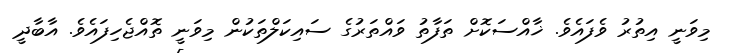
މިވަނީ އިތުރު ވެފައެވެ. ޚާއްސަކޮށް ތަފާތު ވައްތަރުގެ ސައިކަލްތަކުން މިވަނީ ތޮއްޖެހިފައެވެ. އާބާދީ